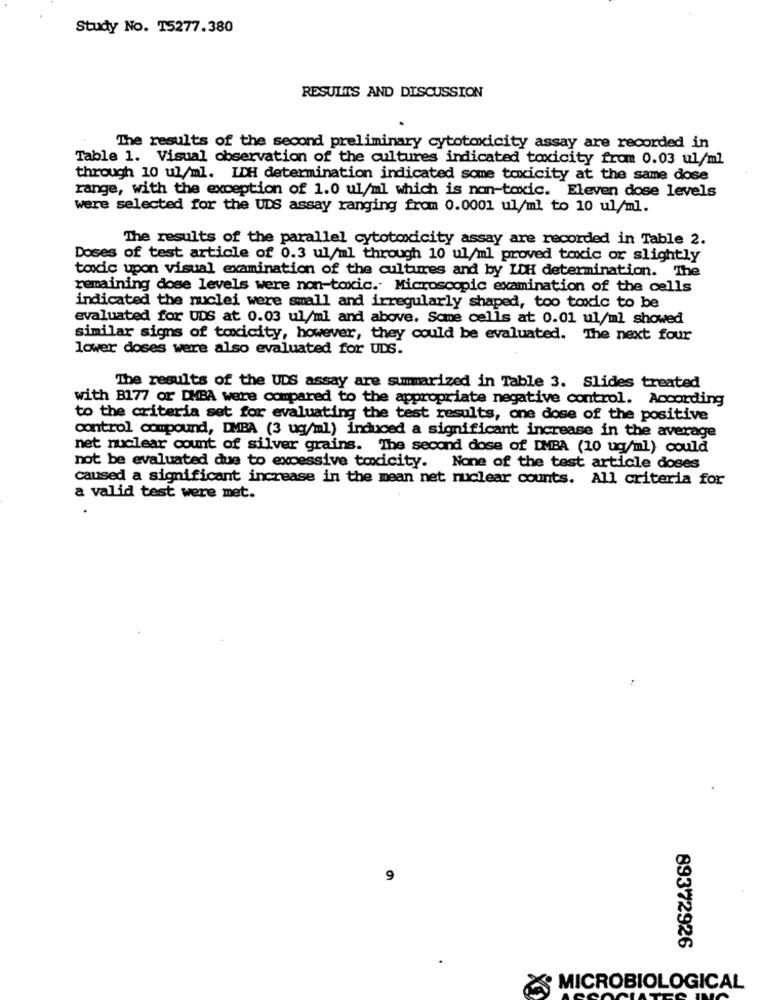
Study No. 15277.380
RESULTS AND DISCUSSION
The results of the second preliminary cytotoxicity assay are recorded in
Table 1. Visual observation of the cultures indicated toxicity from 0.03 ul/ml
through 10 ul/ml. LDH determination indicated some toxicity at the same dose
range, with the exception of 1.0 ul/ml which is non-toxic. Eleven dose levels
were selected for the UDS assay ranging from 0.0001 ul/ml to 10 ul/ml.
The results of the parallel cytotoxicity assay are recorded in Table 2.
Doses of test article of 0.3 ul/ml through 10 ul/ml proved toxic or slightly
toxic upon visual examination of the cultures and by IDH determination. The
remaining dose levels were non-toxic. Microscopic examination of the cells
indicated the nuclei were small and irregularly shaped, too toxic to be
evaluated for UDS at 0.03 ul/ml and above. Some cells at 0.01 ul/ml showed
similar signs of toxicity, however, they could be evaluated. The next four
lower doses were also evaluated for UDS.
The results of the UDS assay are summarized in Table 3. Slides treated
with B177 or DMBA were compared to the appropriate negative control. According
to the criteria set for evaluating the test results, one dose of the positive
control compound, DMBA (3 ug/ml) induced a significant increase in the average
net nuclear count of silver grains. The second dose of DMBA (10 ug/ml) could
not be evaluated due to excessive toxicity. None of the test article doses
caused a significant increase in the mean net nuclear counts. All criteria for
a valid test were met.
9
89372926
MICROBIOLOGICAL